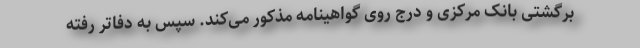
برگشتی بانک مرکزی و درج روی گواهینامه مذکور می‌کند. سپس به دفاتر رفته